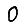
Digit: 0